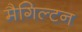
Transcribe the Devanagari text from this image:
मैगिल्टन